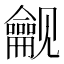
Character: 𬺟